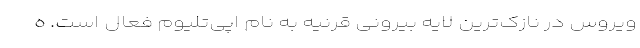
ویروس در نازک‌ترین لایه بیرونی قرنیه به نام اپی‌تلیوم فعال است. ه